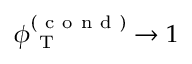
\phi _ { \mathrm { ~ T ~ } } ^ { ( \mathrm { ~ c ~ o ~ n ~ d ~ } ) } \rightarrow 1